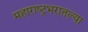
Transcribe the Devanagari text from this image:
महाराष्ट्रभरातल्या